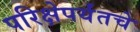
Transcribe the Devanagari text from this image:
परिक्षेपर्यंतचे